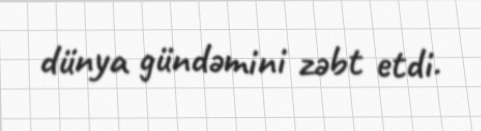
dünya gündəmini zəbt etdi.